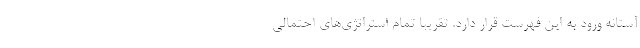
آستانه ورود به این فهرست قرار دارد. تقریبا تمام استراتژی‌های احتمالی